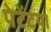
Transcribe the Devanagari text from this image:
पेटेंटया